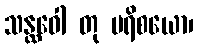
သန္ထဝေါ တု ပရိစယော၊